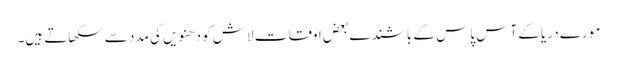
مورے دریا کے آس پاس کے باشندے بعض اوقات لاش کو دھنویں کی مدد سے سکھاتے ہیں۔